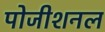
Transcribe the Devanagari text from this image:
पोजीशनल